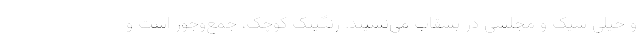
و خیلی شیک و مجلسی در بشقاب می‌نشیند. رنگینک کوچک، جمع‌وجور است و